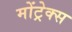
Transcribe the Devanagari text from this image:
मोंट्रेक्स